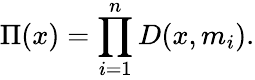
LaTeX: \Pi(x)=\prod_{i=1}^{n}D(x,m_{i}).